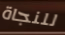
للنجاة